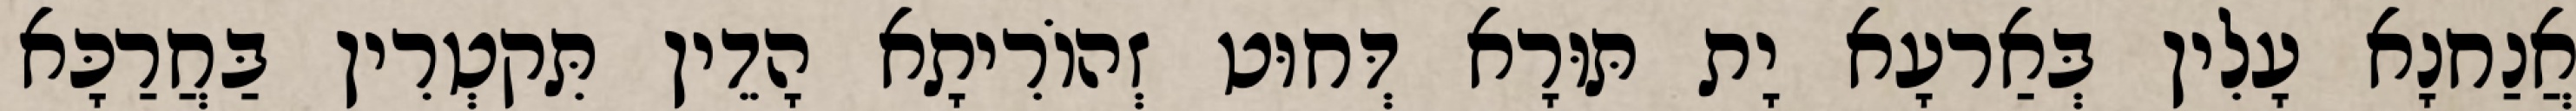
אֲנַחנָא עָלִין בְּאַרעָא יָת תּוּרָא דְּחוּט זְהוֹרִיתָא הָדֵין תִּקטְרִין בַּחֲרַכָּא